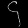
Digit: ၄